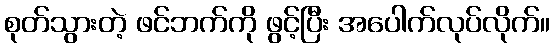
စုတ်သွားတဲ့ ဖင်ဘက်ကို ဖွင့်ပြီး အပေါက်လုပ်လိုက်။